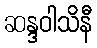
ဆန္ဒဝါသိနီ